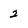
Character: 2